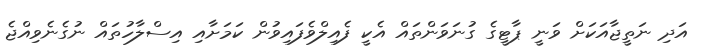
އަދި ނަތީޖާއަކަށް ވަނީ ޕާޓީގެ ގުނަވަންތައް އެކީ ފެއިލްވެފައިވުން ކަމަށާއި އިސްލާހުތައް ނުގެނެވިއްޖެ